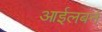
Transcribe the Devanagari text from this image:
आईलबर्न